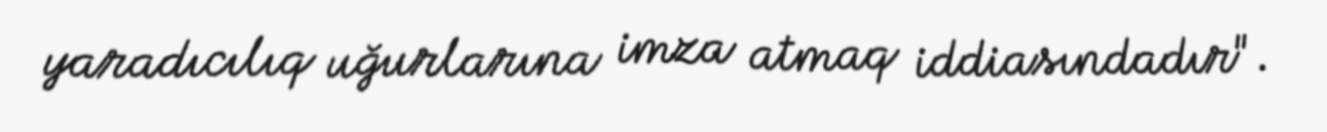
yaradıcılıq uğurlarına imza atmaq iddiasındadır".